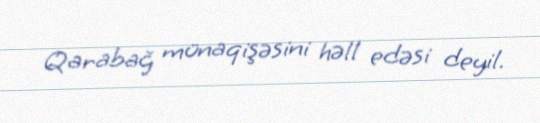
Qarabağ münaqişəsini həll edəsi deyil.